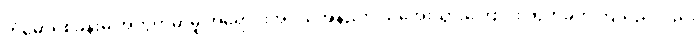
ကံမော်ရဲစခန်းမှ အတွက်မှာမူ အရောင်းအဝယ်အနည်းငယ်အေးသွားကြောင်း တိုက်ခိုက်ကြသည်လည်း